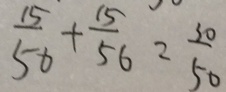
\frac { 1 5 } { 5 0 } + \frac { 1 5 } { 5 6 } = \frac { 3 0 } { 5 0 }